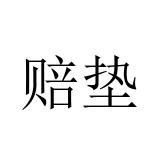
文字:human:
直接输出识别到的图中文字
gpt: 赔垫